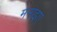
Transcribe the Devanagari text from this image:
मनाइए